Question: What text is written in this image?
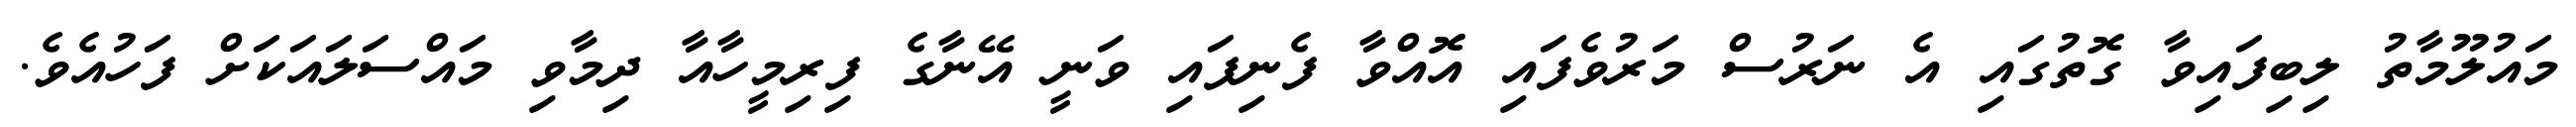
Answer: މައުލޫމާތު ލިބިފައިވާ ގޮތުގައި އެ ނަރުސް މަރުވެފައި އޮއްވާ ފެނިފައި ވަނީ އޭނާގެ ފިރިމީހާއާ ދިމާވި މައްސަލައަކަށް ފަހުއެވެ.